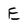
Character: E